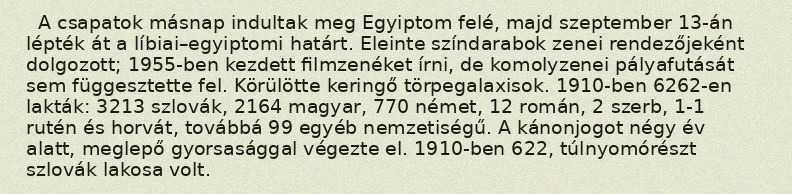
A csapatok másnap indultak meg Egyiptom felé, majd szeptember 13-án lépték át a líbiai–egyiptomi határt. Eleinte színdarabok zenei rendezőjeként dolgozott; 1955-ben kezdett filmzenéket írni, de komolyzenei pályafutását sem függesztette fel. Körülötte keringő törpegalaxisok. 1910-ben 6262-en lakták: 3213 szlovák, 2164 magyar, 770 német, 12 román, 2 szerb, 1-1 rutén és horvát, továbbá 99 egyéb nemzetiségű. A kánonjogot négy év alatt, meglepő gyorsasággal végezte el. 1910-ben 622, túlnyomórészt szlovák lakosa volt.